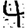
Digit: 4